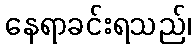
နေရာခင်းရသည်၊